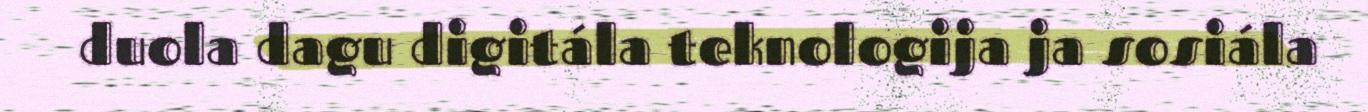
duola dagu digitála teknologija ja sosiála